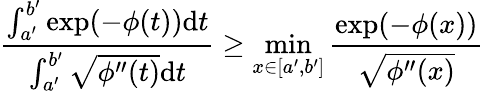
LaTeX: \frac{\int_{a^{\prime}}^{b^{\prime}}\exp(-\phi(t))\textup{d}t}{\int_{a^{\prime}}^{b^{\prime}}\sqrt{\phi^{\prime\prime}(t)}\textup{d}t}\geq\operatorname*{min}_{x\in[a^{\prime},b^{\prime}]}\frac{\exp(-\phi(x))}{\sqrt{\phi^{\prime\prime}(x)}}